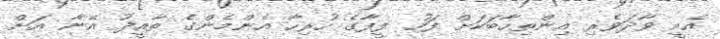
އެއީ ވާދަވެރި އިންތިހާބަކަށް ފަހު ފީފާގެ ހުރިހާ އެންމެންގެ ތާއީދު އޭނާ އަށް